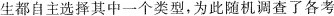
生都自主选择其中一个类型，为此随机调查了各考